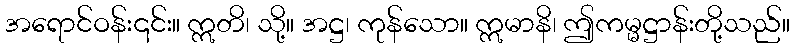
အရောင်ဝန်း၎င်း။ ဣတိ၊ သို့။ အဋ္ဌ၊ ကုန်သော။ ဣမာနိ၊ ဤကမ္မဋ္ဌာန်းတို့သည်။